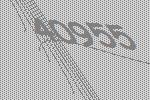
40955